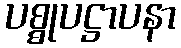
ပစ္စုပဋ္ဌာပနာ